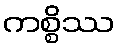
ကစ္စိဿ